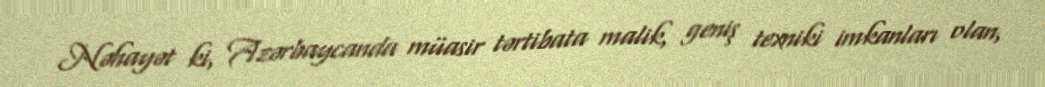
Nəhayət ki, Azərbaycanda müasir tərtibata malik, geniş texniki imkanları olan,